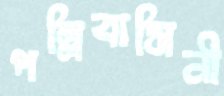
পল্লিবাসিনী